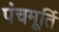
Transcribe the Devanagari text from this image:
पंचमूर्ति